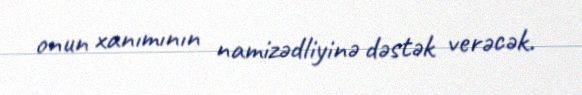
onun xanımının namizədliyinə dəstək verəcək.